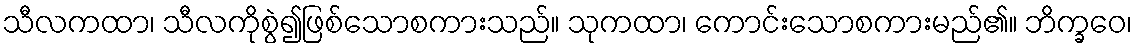
သီလကထာ၊ သီလကိုစွဲ၍ဖြစ်သောစကားသည်။ သုကထာ၊ ကောင်းသောစကားမည်၏။ ဘိက္ခဝေ၊